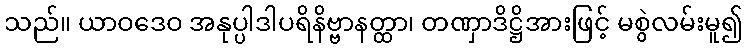
သည်။ ယာဝဒေဝ အနုပ္ပါဒါပရိနိဗ္ဗာနတ္ထာ၊ တဏှာဒိဋ္ဌိအားဖြင့် မစွဲလမ်းမူ၍